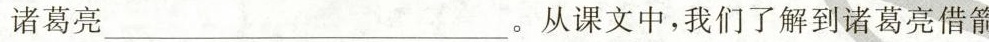
诸葛亮。从课文中，我们了解到诸葛亮借箭